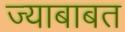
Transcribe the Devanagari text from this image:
ज्याबाबत